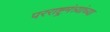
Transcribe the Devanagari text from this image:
परराष्ट्रमंत्र्यांच्या